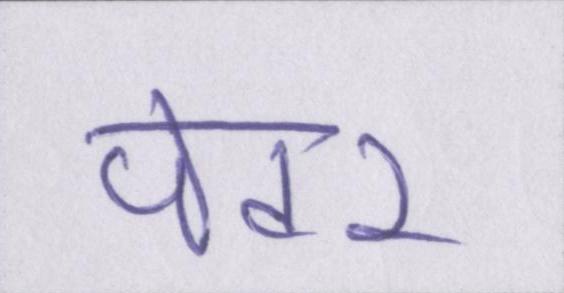
पेंटर